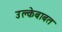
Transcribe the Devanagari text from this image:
उल्केबाबत